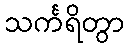
သင်္ကရိတွာ